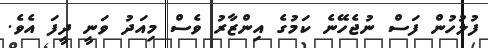
ފުލުހުން ފަސް ނުޖެހޭނެ ކަމުގެ އިންޒާރު ވެސް މިއަދު ވަނީ ދީފަ އެވެ.